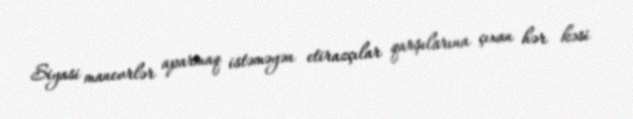
Siyasi manevrlər aparmaq istəməyən etirazçılar qarşılarına çıxan hər kəsi